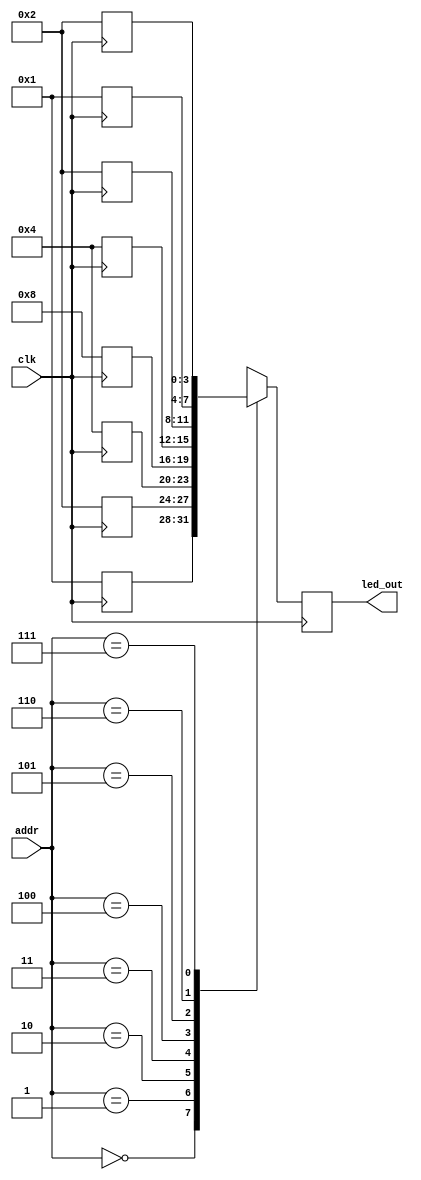
`timescale 1ns / 1ps

module mem #(parameter WIDTH = 4,
                       MEM_ADDR = 3)
(
    input clk,
    input [MEM_ADDR-1:0] addr,
    output reg [WIDTH-1:0] led_out
    );
    
    reg [WIDTH-1:0] rom [2**MEM_ADDR-1:0];
    
    always @(posedge clk)
    begin
    rom[3'b000] <= 'b0001;
    rom[3'b001] <= 'b0010;
    rom[3'b010] <= 'b0100;
    rom[3'b011] <= 'b1000;
    rom[3'b100] <= 'b0100;
    rom[3'b101] <= 'b0010;
    rom[3'b110] <= 'b0001;  
    rom[3'b111] <= 'b0010;
    end
    always @(posedge clk)
                led_out <= rom[addr];
endmodule